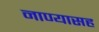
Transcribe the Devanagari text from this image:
नाण्यासह